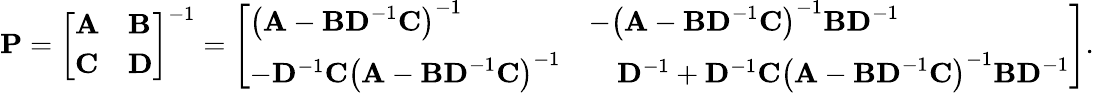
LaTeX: \mathbf{P}={\left[\begin{array}{ll}{\mathbf{A}}&{\mathbf{B}}\\ {\mathbf{C}}&{\mathbf{D}}\end{array}\right]}^{-1}={\left[\begin{array}{ll}{\left(\mathbf{A}-\mathbf{BD}^{-1}\mathbf{C}\right)^{-1}}&{-\left(\mathbf{A}-\mathbf{BD}^{-1}\mathbf{C}\right)^{-1}\mathbf{BD}^{-1}}\\ {-\mathbf{D}^{-1}\mathbf{C}\left(\mathbf{A}-\mathbf{BD}^{-1}\mathbf{C}\right)^{-1}}&{\quad\mathbf{D}^{-1}+\mathbf{D}^{-1}\mathbf{C}\left(\mathbf{A}-\mathbf{BD}^{-1}\mathbf{C}\right)^{-1}\mathbf{BD}^{-1}}\end{array}\right]}.